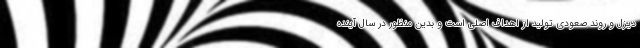
دیزل و روند صعودی تولید از اهداف اصلی است و بدین منظور در سال آینده